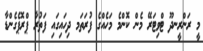
މީ ރަންރީނދޫ ޓްވިޓަރޭ މެން ކޮންމެ މަހެއްގެ ފުރަތަމ ދިހައިގައި ފަތުރާ ޕްރޮޕެގެންޑާ